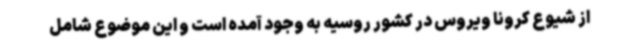
از شیوع کرونا ویروس در کشور روسیه به وجود آمده است و این موضوع شامل